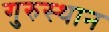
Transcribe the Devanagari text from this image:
गुरुस्थान